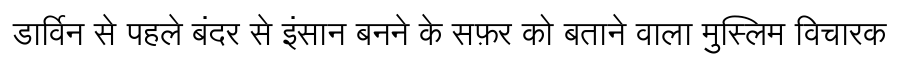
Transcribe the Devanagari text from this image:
डार्विन से पहले बंदर से इंसान बनने के सफ़र को बताने वाला मुस्लिम विचारक